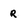
Character: r